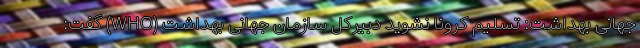
جهانی بهداشت: تسلیم کرونا نشوید دبیرکل سازمان جهانی بهداشت (WHO) گفت: